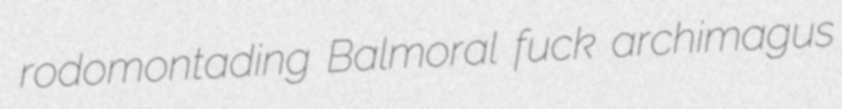
rodomontading Balmoral fuck archimagus